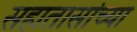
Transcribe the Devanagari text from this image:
सहातासांच्या